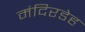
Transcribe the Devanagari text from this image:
मंदिरडेह